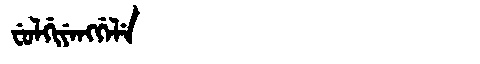
Manchu: ᠸᡠᠯᡤᡳᠶᡝᠩᡤᡝᠯᡝ
Romanization: FULGIYENGGELE